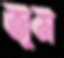
জুম